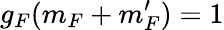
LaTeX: g_{F}(m_{F}+m_{F}^{\prime})=1